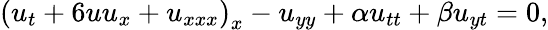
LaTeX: \begin{array}{r}{\left(u_{t}+6uu_{x}+u_{xxx}\right)_{x}-u_{yy}+\alpha u_{tt}+\beta u_{yt}=0,}\end{array}